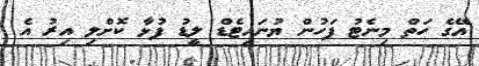
އޭގެ ހަތް މިނެޓު ފަހުން ޔުނައިޓެޑް ލީޑު ފުޅާ ކޮށްލި އިރު އެ